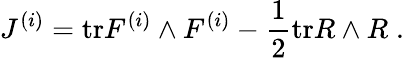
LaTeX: J^{(i)}=\mathrm{tr}F^{(i)}\wedge F^{(i)}-\frac{1}{2}\mathrm{tr}R\wedge R\; .